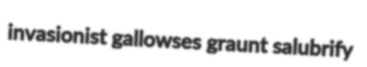
invasionist gallowses graunt salubrify